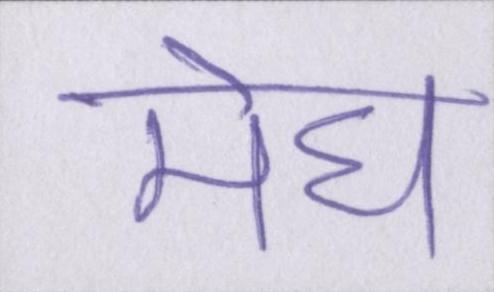
मेघ